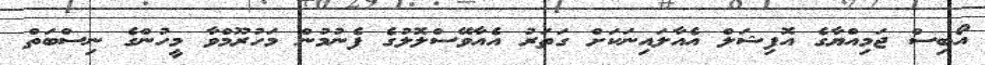
އޯބިސް ޖަމިއްޔާގެ އޮފިޝަލް އެއާލައިނަކަށް ގަތަރު އެއާވޭސްލޮލުގެ ފެނުމުން މަހުރޫމްވާ މީހުންގެ ނިސްބަތް